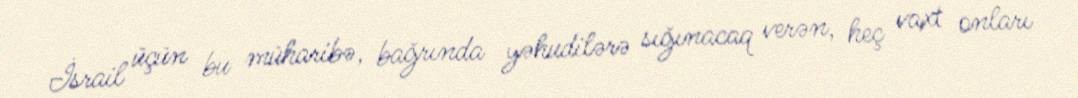
İsrail üçün bu müharibə, bağrında yəhudilərə sığınacaq verən, heç vaxt onları